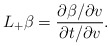
\begin{align*} L_+\beta=\frac{\partial \beta/\partial v}{\partial t/\partial v}.\end{align*}